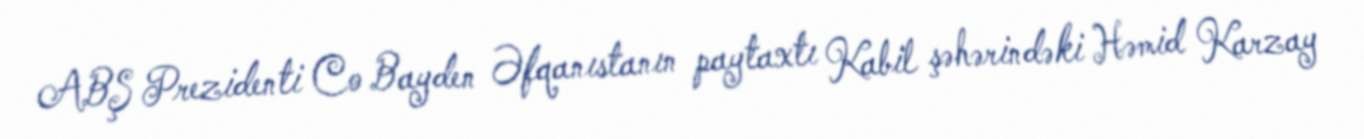
ABŞ Prezidenti Co Bayden Əfqanıstanın paytaxtı Kabil şəhərindəki Həmid Karzay